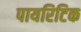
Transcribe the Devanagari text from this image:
पायरिटिक